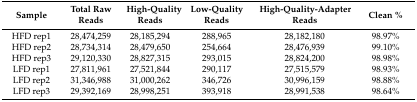
<table><thead><tr><td><b>Sample</b></td><td><b>Total Raw Reads</b></td><td><b>High-Quality Reads</b></td><td><b>Low-Quality Reads</b></td><td><b>High-Quality-Adapter Reads</b></td><td><b>Clean %</b></td></tr></thead><tbody><tr><td>HFD rep1</td><td>28,474,259</td><td>28,185,294</td><td>288,965</td><td>28,182,180</td><td>98.97%</td></tr><tr><td>HFD rep2</td><td>28,734,314</td><td>28,479,650</td><td>254,664</td><td>28,476,939</td><td>99.10%</td></tr><tr><td>HFD rep3</td><td>29,120,330</td><td>28,827,315</td><td>293,015</td><td>28,824,200</td><td>98.98%</td></tr><tr><td>LFD rep1</td><td>27,811,961</td><td>27,521,844</td><td>290,117</td><td>27,515,579</td><td>98.93%</td></tr><tr><td>LFD rep2</td><td>31,346,988</td><td>31,000,262</td><td>346,726</td><td>30,996,159</td><td>98.88%</td></tr><tr><td>LFD rep3</td><td>29,392,169</td><td>28,998,251</td><td>393,918</td><td>28,991,538</td><td>98.64%</td></tr></tbody></table>